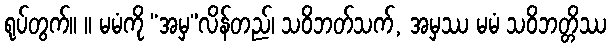
ရုပ်တွက်။ ။ မမံကို “အမှ”လိန်တည်၊ သဝိဘတ်သက်, အမှဿ မမံ သဝိဘတ္တိဿ